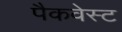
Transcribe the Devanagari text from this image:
पैकवेस्ट